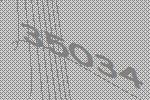
35034